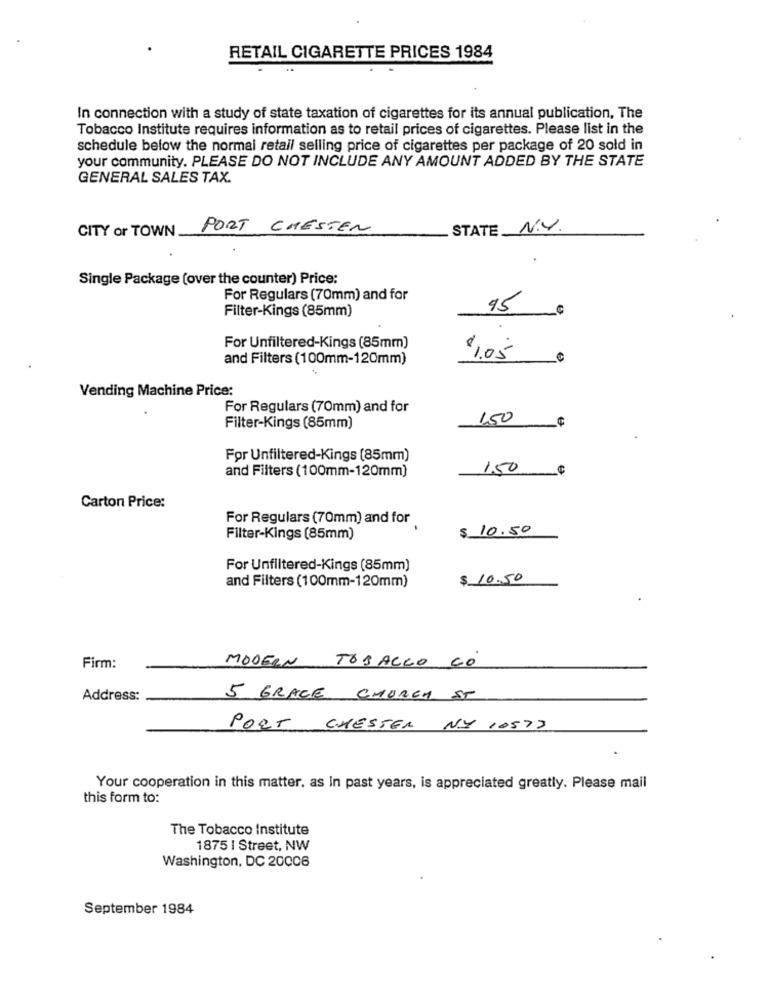
RETAIL CIGARETTE PRICES 1984
In connection with a study of state taxation of cigarettes for its annual publication, The
Tobacco Institute requires information as to retail prices of cigarettes. Please list in the
schedule below the normal retail selling price of cigarettes per package of 20 sold in
your community. PLEASE DO NOT INCLUDE ANY AMOUNT ADDED BY THE STATE
GENERAL SALES TAX.
CITY or TOWN_
PORT CHESTER
STATE N.V.
Single Package (over the counter) Price:
For Regulars (70mm) and for
Filter-Kings (85mm)
95
For Unfiltered-Kings (85mm)
and Filters (100mm-120mm)
$1.05
Vending Machine Price:
For Regulars (70mm) and for
150
Filter-Kings (85mm)
For Unfiltered-Kings (85mm)
and Filters (100mm-120mm)
150
Carton Price:
For Regulars (70mm) and for
$ 10.50
Filter-Kings (85mm)
For Unfiltered-Kings (85mm)
and Filters (100mm-120mm)
$ 10.50
Firm:
MODERN TOBACCO CO
Address:
5 GRACE CHURCH ST
PORT CHESTER NY 10577
Your cooperation in this matter, as In past years, is appreciated greatly. Please mail
this form to:
The Tobacco Institute
1875 | Street, NW
Washington, DC 20006
September 1984